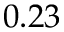
0 . 2 3